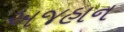
અજહાન